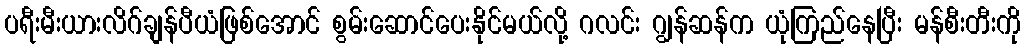
ပရီးမီးယားလိဂ်ချန်ပီယံဖြစ်အောင် စွမ်းဆောင်ပေးနိုင်မယ်လို့ ဂလင်း ဂျွန်ဆန်က ယုံကြည်နေပြီး မန်စီးတီးကို